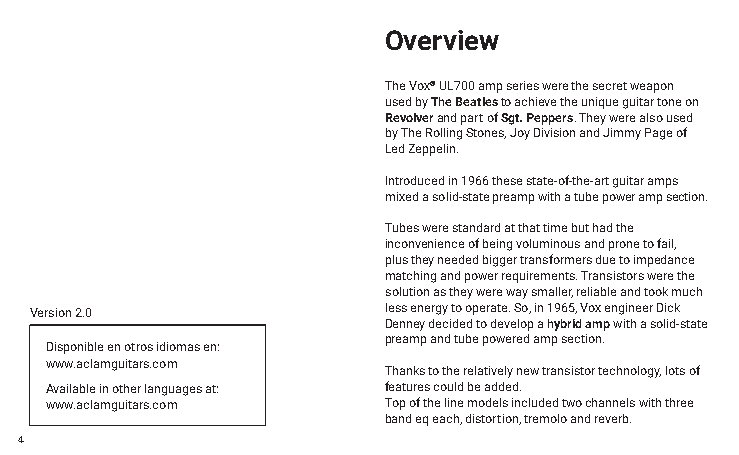
Overview
 The Vox® UL700 amp series were the secret weapon
 used by The Beatles to achieve the unique guitar tone on
 Revolver and part of Sgt. Peppers. They were also used
 by The Rolling Stones, Joy Division and Jimmy Page of
 Led Zeppelin.
 Introduced in 1966 these state-of-the-art guitar amps
 mixed a solid-state preamp with a tube power amp section.
 Tubes were standard at that time but had the
 inconvenience of being voluminous and prone to fail,
 plus they needed bigger transformers due to impedance
 matching and power requirements. Transistors were the
 solution as they were way smaller, reliable and took much
 Version 2.0            less energy to operate. So, in 1965, Vox engineer Dick
 Denney decided to develop a hybrid amp with a solid-state
 preamp and tube powered amp section.
 Disponible en otros idiomas en:
 www.aclamguitars.com
 Thanks to the relatively new transistor technology, lots of
 Available in other languages at: features could be added.
 www.aclamguitars.com  Top of the line models included two channels with three
 band eq each, distortion, tremolo and reverb.
 4